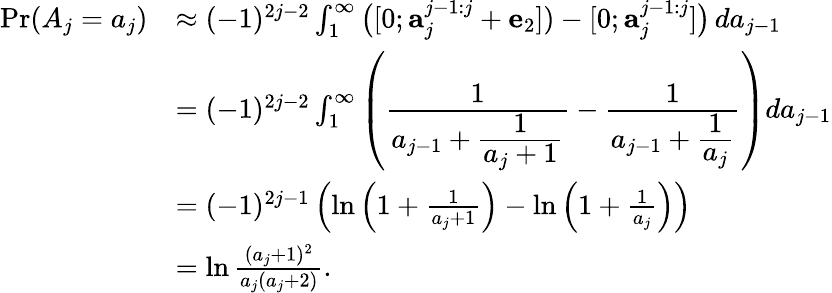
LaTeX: \begin{array}{rl}{\operatorname*{Pr}(A_{j}=a_{j})}&{\approx(-1)^{2j-2}\int_{1}^{\infty}\big([0;\mathbf{a}_{j}^{j-1:j}+\mathbf{e}_{2}])-[0;\mathbf{a}_{j}^{j-1:j}]\big)\, da_{j-1}}\\ &{=(-1)^{2j-2}\int_{1}^{\infty}\left(\cfrac{1}{a_{j-1}+\cfrac{1}{a_{j}+1}}-\cfrac{1}{a_{j-1}+\cfrac{1}{a_{j}}}\right)da_{j-1}}\\ &{=(-1)^{2j-1}\left(\ln\left(1+\frac{1}{a_{j}+1}\right)-\ln\left(1+\frac{1}{a_{j}}\right)\right)}\\ &{=\ln\frac{(a_{j}+1)^{2}}{a_{j}(a_{j}+2)}.}\end{array}